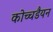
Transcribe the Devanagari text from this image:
कोच्चडैयन